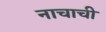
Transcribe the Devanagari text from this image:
नाचाची